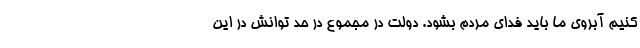
کنیم آبروی ما باید فدای مردم بشود. دولت در مجموع در حد توانش در این